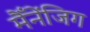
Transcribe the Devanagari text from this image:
मैँनेंजिग